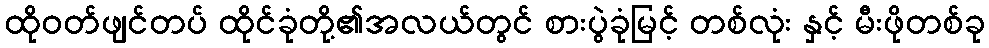
ထိုဝတ်ဖျင်တပ် ထိုင်ခုံတို့၏အလယ်တွင် စားပွဲခုံမြင့် တစ်လုံး နှင့် မီးဖိုတစ်ခု